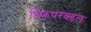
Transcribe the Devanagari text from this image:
थिरुपरक्डल